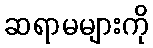
ဆရာမများကို